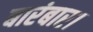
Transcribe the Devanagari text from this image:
बारंबार।